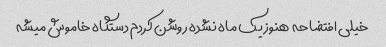
خیلی افتضاحه  هنوز یک ماه نشده روشن کردم دستگاه خاموش میشه